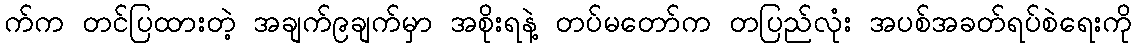
က်က တင်ပြထားတဲ့ အချက်၉ချက်မှာ အစိုးရနဲ့ တပ်မတော်က တပြည်လုံး အပစ်အခတ်ရပ်စဲရေးကို